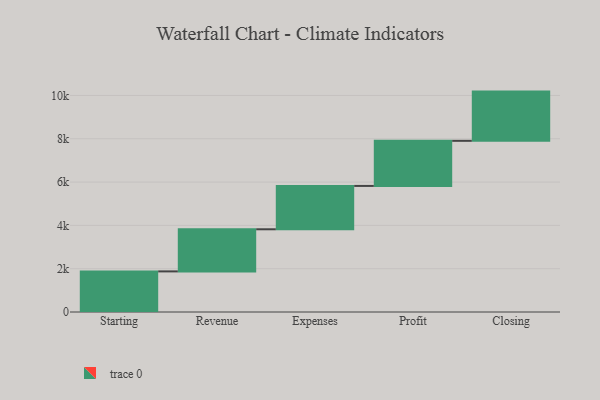
{"axis": {"x": "Step", "y": "Value"}, "legend": [""], "data": [{"x": "Starting", "y": 1875.0, "type": ""}, {"x": "Revenue", "y": 1945.0, "type": ""}, {"x": "Expenses", "y": 2002.0, "type": ""}, {"x": "Profit", "y": 2083.0, "type": ""}, {"x": "Closing", "y": 2273.0, "type": ""}]}